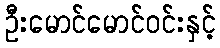
ဦးမောင်မောင်ဝင်းနှင့်